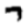
Digit: 7